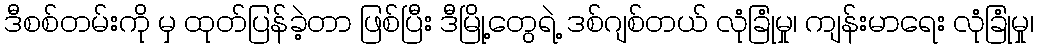
ဒီစစ်တမ်းကို မှ ထုတ်ပြန်ခဲ့တာ ဖြစ်ပြီး ဒီမြို့တွေရဲ့ ဒစ်ဂျစ်တယ် လုံခြုံမှု၊ ကျန်းမာရေး လုံခြုံမှု၊